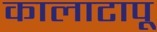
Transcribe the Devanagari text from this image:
कालाटापू